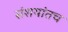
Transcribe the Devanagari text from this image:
संशयांतच